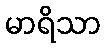
မာရိသာ